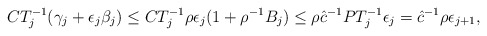
\begin{align*}CT^{-1}_j (\gamma_j + \epsilon_j \beta_j) \le CT^{-1}_j \rho\epsilon_j (1 + \rho^{-1} B_j) \le \rho \hat{c}^{-1} PT^{-1}_j \epsilon_j = \hat{c}^{-1} \rho \epsilon_{j+1},\end{align*}